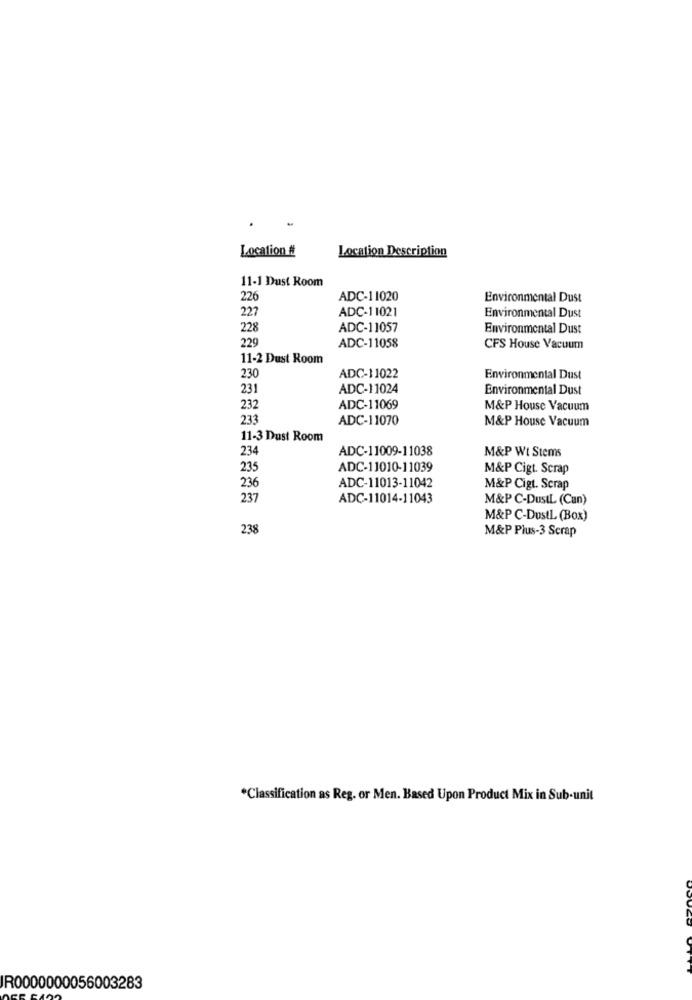
Location #
Location Description
11-1 Dust Room
226
ADC-11020
Environmental Dust
227
ADC-11021
Environmental Dust
228
ADC-11057
Environmental Dust
229
ADC-11058
CFS House Vacuum
11-2 Dust Room
230
ADC-11022
Environmental Dust
231
ADC-11024
Environmental Dust
232
ADC-11069
M&P House Vacuum
233
ADC-11070
M&P House Vacuum
11-3 Dust Room
234
ADC-11009-11038
M&P Wt Stems
235
ADC-11010-11039
M&P Cigt. Scrap
236
ADC-11013-11042
M&P Cigt. Scrap
237
ADC-11014-11043
M&P C-DustL (Cun)
M&P C-DustL (Box)
238
M&P Plus-3 Scrap
*Classification as Reg. or Men. Based Upon Product Mix in Sub-unit
IR0000000056003283